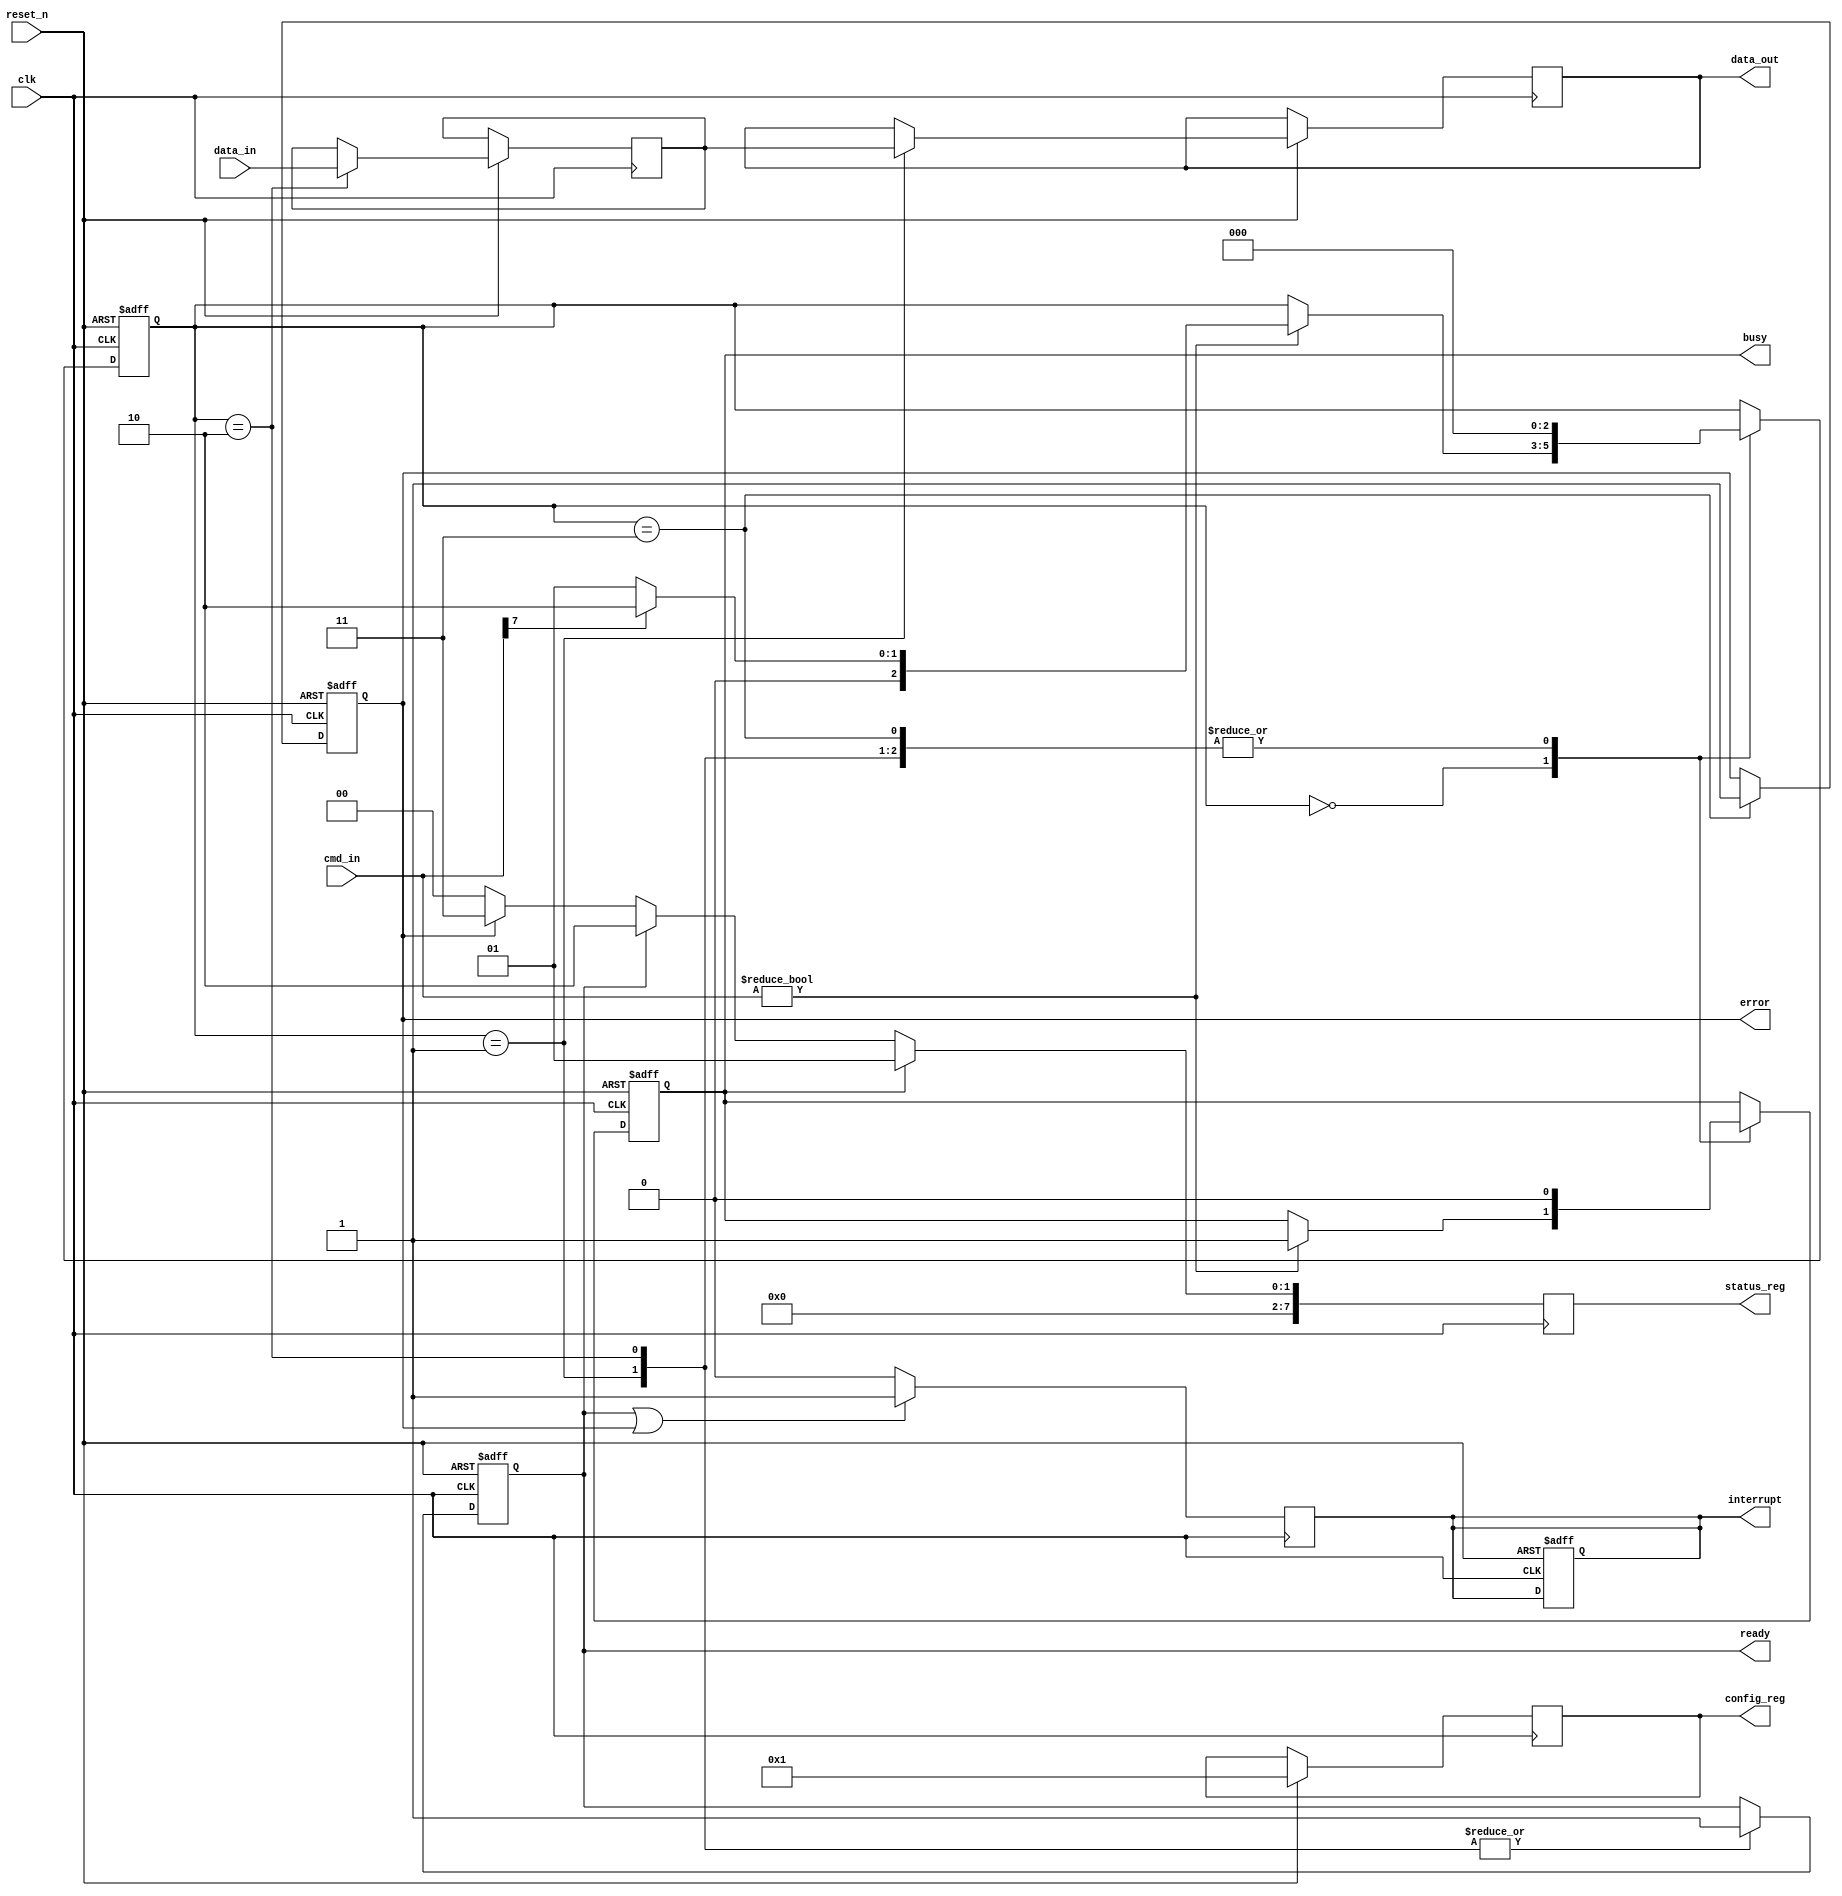
module ufs_io_block (
    input wire clk,
    input wire reset_n,
    input wire [7:0] cmd_in,           // Command input from UFS controller
    input wire [7:0] data_in,          // Data input from UFS controller
    output reg [7:0] data_out,         // Data output to UFS controller
    output reg busy,                   // Busy status
    output reg ready,                  // Ready status
    output reg error,                  // Error status
    output reg interrupt,              // Interrupt signal
    output reg [7:0] status_reg,       // Status register
    output reg [7:0] config_reg        // Configuration register
);

    // Internal signals
    reg [7:0] command_reg;             // Command register
    reg [7:0] data_buffer;              // Data buffer
    reg [2:0] state;                   // State machine
    reg power_state;                   // Power state (active/sleep)

    // State encoding
    localparam IDLE = 3'b000,
               READ = 3'b001,
               WRITE = 3'b010,
               ERROR = 3'b011;

    // Clock management
    always @(posedge clk or negedge reset_n) begin
        if (!reset_n) begin
            // Reset logic
            busy <= 0;
            ready <= 0;
            error <= 0;
            interrupt <= 0;
            state <= IDLE;
            power_state <= 1; // Active
        end else begin
            case (state)
                IDLE: begin
                    if (cmd_in != 8'b0) begin
                        command_reg <= cmd_in;
                        busy <= 1;
                        state <= (cmd_in[7] == 1) ? WRITE : READ; // Example command decode
                    end
                end
                READ: begin
                    // Simulate data read operation
                    data_out <= data_buffer; // Output data
                    ready <= 1;              // Indicate ready
                    busy <= 0;               // Operation complete
                    state <= IDLE;           // Go back to idle
                end
                WRITE: begin
                    // Simulate data write operation
                    data_buffer <= data_in;  // Store incoming data
                    ready <= 1;              // Indicate ready
                    busy <= 0;               // Operation complete
                    state <= IDLE;           // Go back to idle
                end
                ERROR: begin
                    error <= 1;              // Set error flag
                    busy <= 0;               // Operation complete
                    state <= IDLE;           // Go back to idle
                end
            endcase
        end
    end

    // Status reporting
    always @(posedge clk) begin
        if (busy) begin
            status_reg <= 8'b00000001; // Example status: busy
        end else if (ready) begin
            status_reg <= 8'b00000010; // Example status: ready
        end else if (error) begin
            status_reg <= 8'b00000011; // Example status: error
        end else begin
            status_reg <= 8'b00000000; // No status
        end
    end

    // Power management
    always @(posedge clk) begin
        if (busy) begin
            power_state <= 1; // Active
        end else begin
            power_state <= 0; // Sleep
        end
    end

    // Interrupt generation
    always @(posedge clk) begin
        if (ready || error) begin
            interrupt <= 1; // Generate interrupt
        end else begin
            interrupt <= 0; // Clear interrupt
        end
    end

    // Configuration register handling (example)
    always @(posedge clk) begin
        if (reset_n) begin
            config_reg <= 8'b00000001; // Default configuration
        end
    end

endmodule